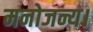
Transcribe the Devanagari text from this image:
मनोजन्य।